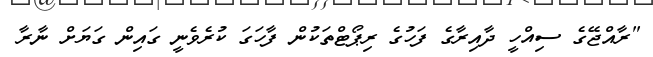
"ރާއްޖޭގެ ސިއްހީ ދާއިރާގެ ފަހުގެ ރިޕޯޓްތަކުން ފާހަގަ ކުރެވެނީ ގައިން ގަޔަށް ނާރާ